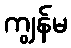
ကျွန်မ